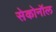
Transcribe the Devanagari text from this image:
सेकोनॉल